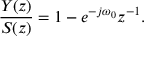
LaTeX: { \frac { Y ( z ) } { S ( z ) } } = 1 - e ^ { - j \omega _ { 0 } } z ^ { - 1 } .